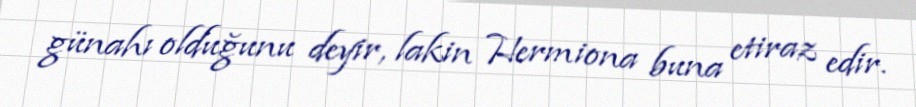
günahı olduğunu deyir, lakin Hermiona buna etiraz edir.